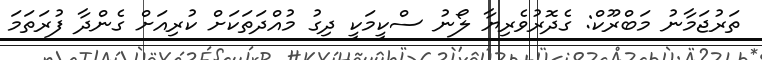
ތަރުޖަމާނު މަބްރޫކް: ގެދޮރުވެރިޔާ ލޯނު ސްކީމަކީ ދިގު މުއްދަތަކަށް ކުރިއަށް ގެންދާ ފުރަތަމަ